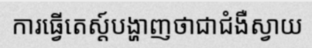
ការធ្វើតេស្ត៍បង្ហាញថាជាជំងឺស្វាយ